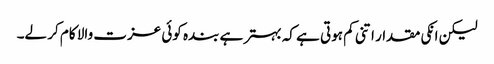
لیکن انکی مقدار اتنی کم ہوتی ہے کہ بہتر ہے بندہ کوئی عزت والا کام کر لے۔